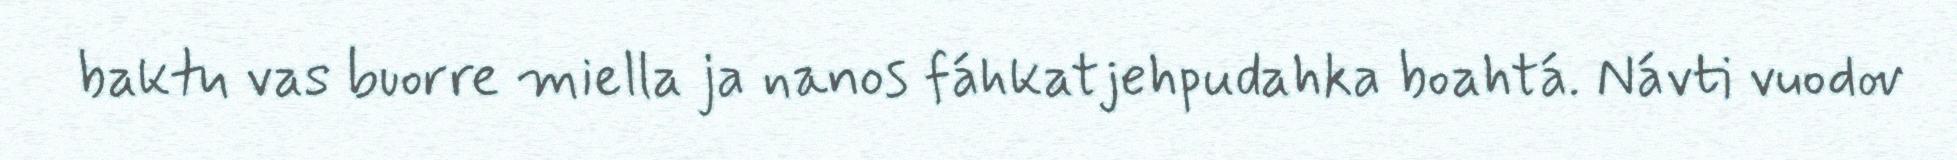
baktu vas buorre miella ja nanos fáhkatjehpudahka boahtá. Návti vuodov